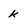
Character: k